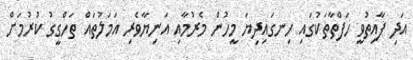
އަދި ފާއިތުވީ ހަފްތާތަކުގައި ހިނގައިދިޔަ މީހުން މެރުމާއި އަނިޔާވެރި އަމަލުތައް ތަހްގީގު ކުރުމަށް